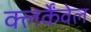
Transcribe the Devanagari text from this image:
क्लर्केंवेल